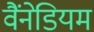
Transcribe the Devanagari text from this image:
वैंनेडियम